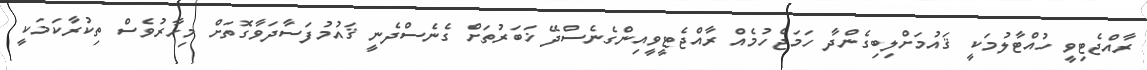
ރާއްޖެޓިވީ ހުއްޓާލުމަކީ ޤައުމަށްލިބިގެންދާ ހަމަޖެހުމެއް ރާއްޖެޓީވީއިންގެނެސްދޭ ޚަބަރުތަށް ގެނެސްދެނީ ޤައުމުފަސާދަވާގޮތަށް މިހާރުވެސް ތިކުރާކަމަކީ